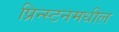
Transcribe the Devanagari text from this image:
प्रिन्स्टनमधील